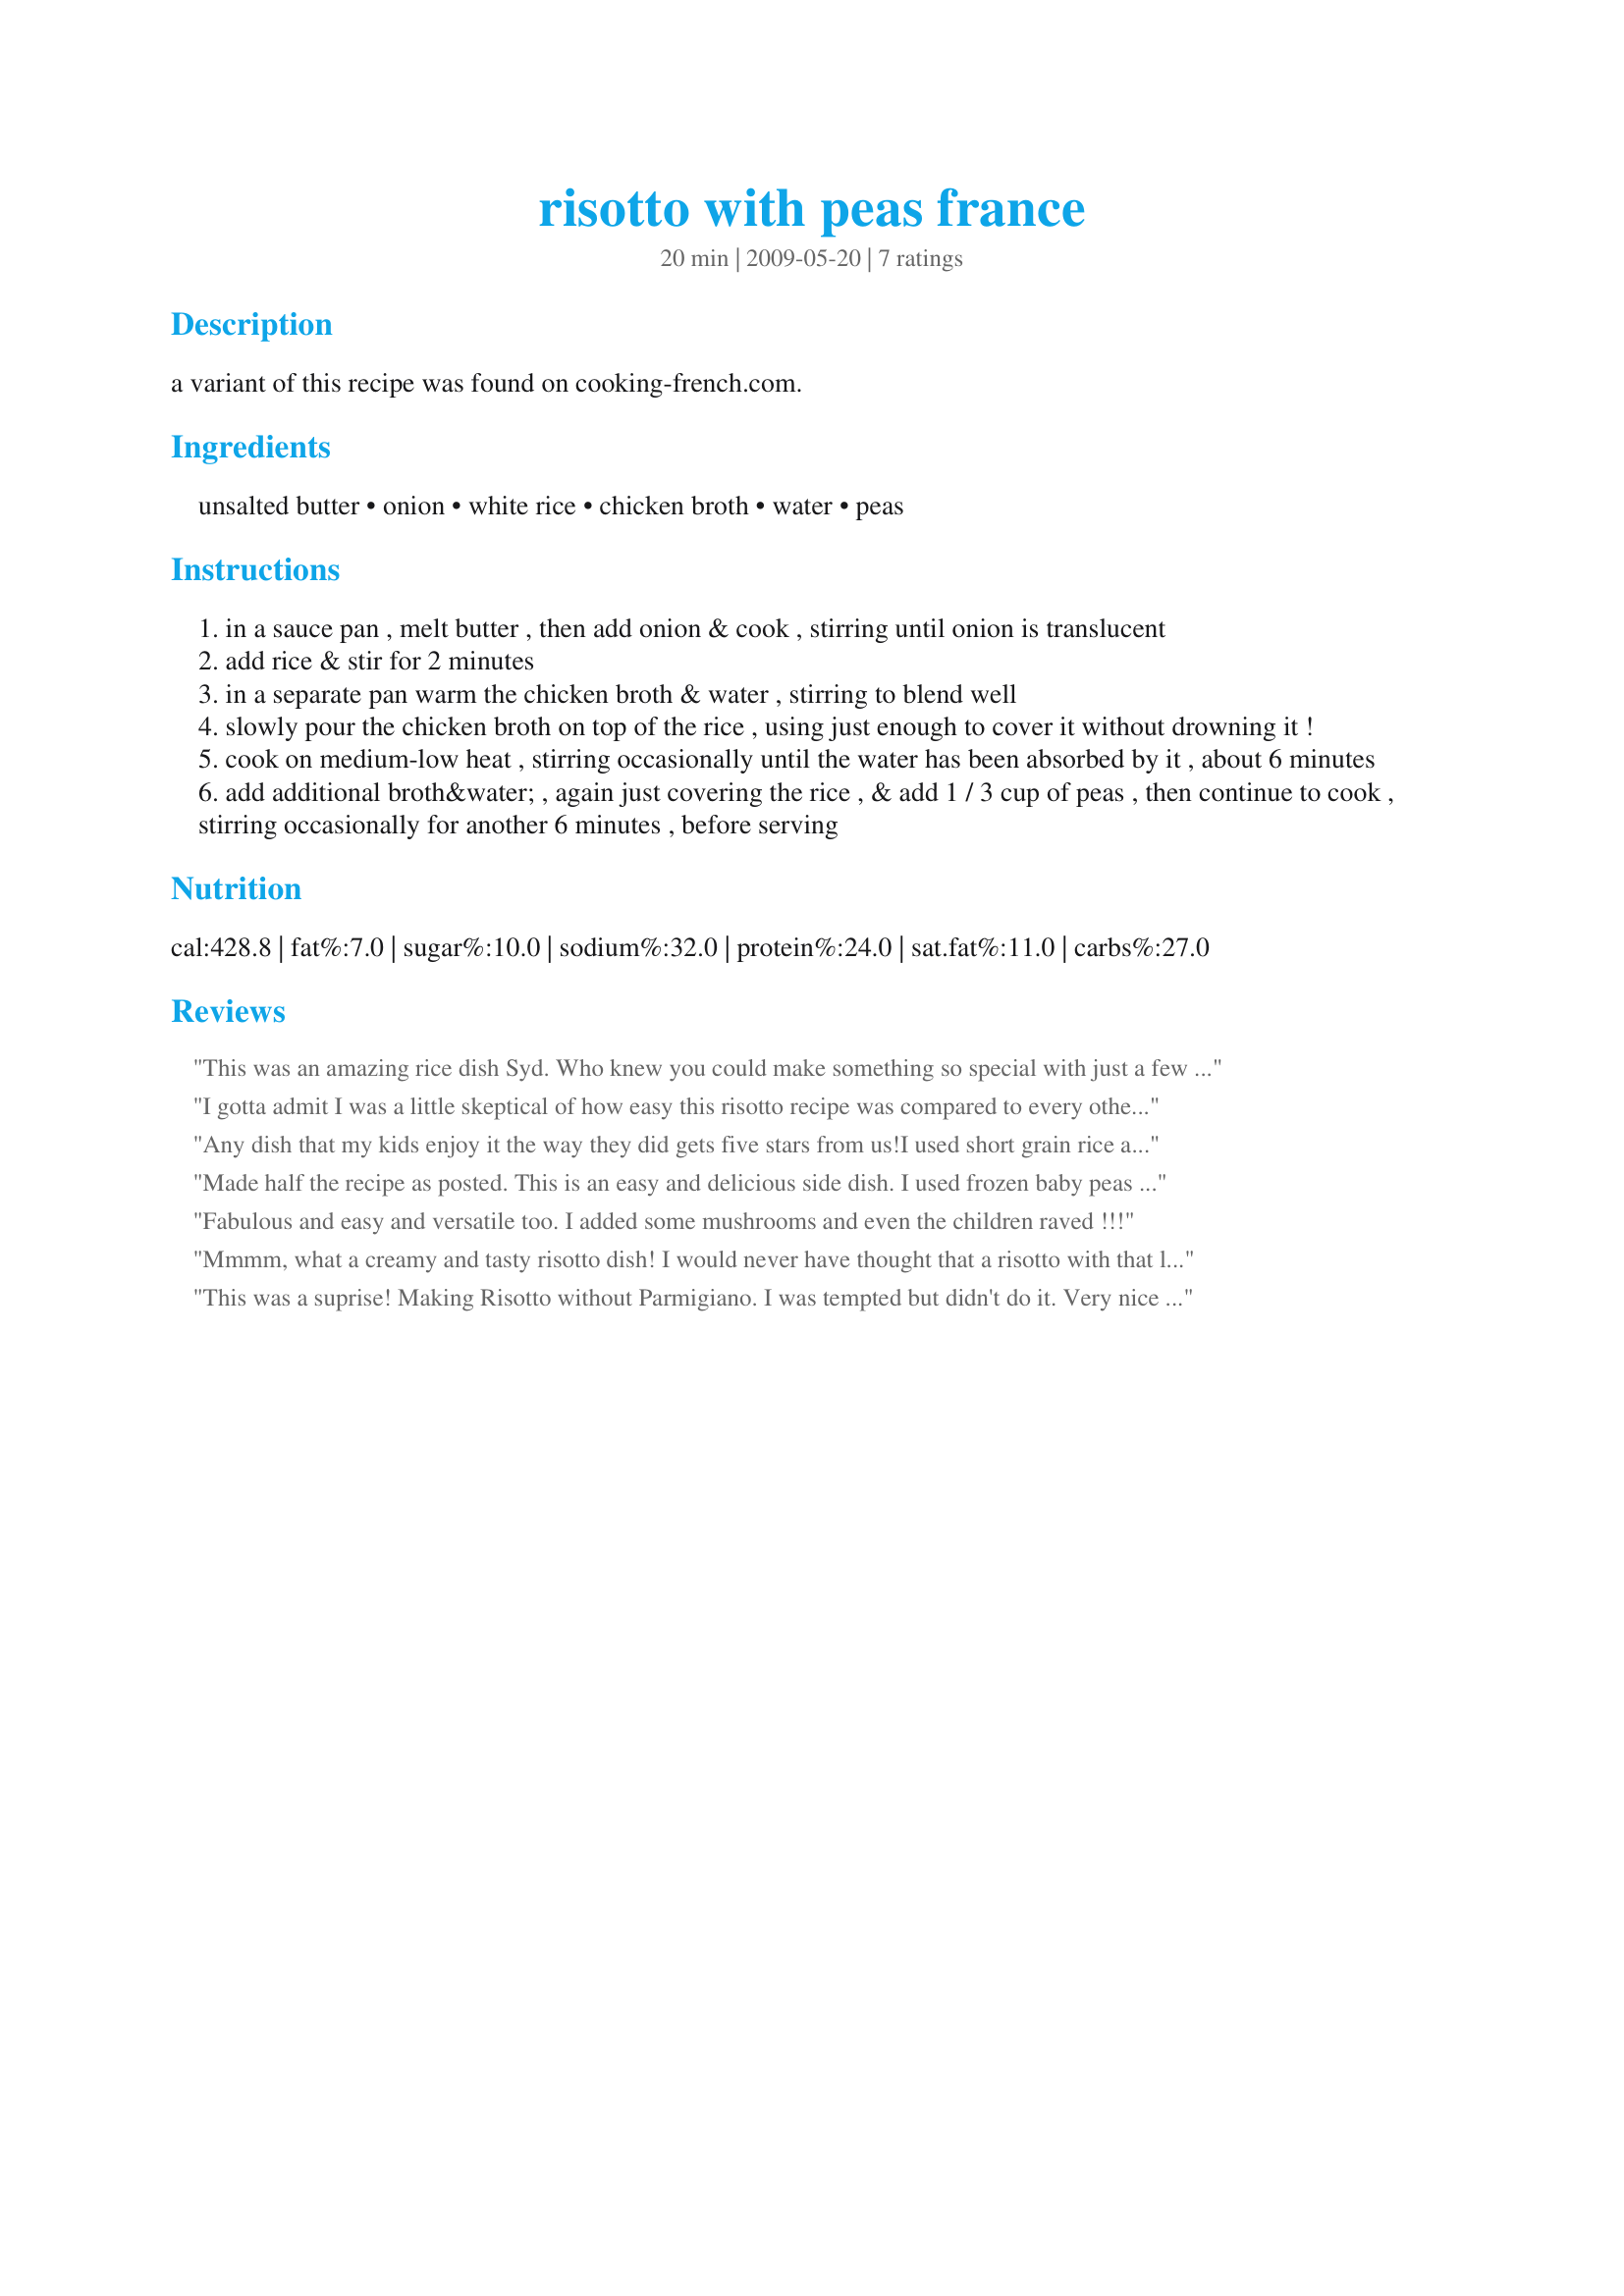
risotto with peas france
Preparation time: 20 minutes

a variant of this recipe was found on cooking-french.com.

Ingredients:
unsalted butter, onion, white rice, chicken broth, water, peas

Steps:
in a sauce pan , melt butter , then add onion & cook , stirring until onion is translucent
add rice & stir for 2 minutes
in a separate pan warm the chicken broth & water , stirring to blend well
slowly pour the chicken broth on top of the rice , using just enough to cover it without drowning it !
cook on medium-low heat , stirring occasionally until the water has been absorbed by it , about 6 minutes
add additional broth&water , again just covering the rice , & add 1 / 3 cup of peas , then continue to cook , stirring occasionally for another 6 minutes , before serving

Reviews:
This was an amazing rice dish Syd. Who knew you could make something so special with just a few ingredients and that it would be so quick and easy to make. This risotto was perfect, rich, creamy and oh so satisfying. Thanks very much for sharing your delicious recipe. :)
I gotta admit I was a little skeptical of how easy this risotto recipe was compared to every other one I've seen but apparently taste is not compromised by ease! Very delicious and flavorful! I added about 1/4 cup of parmesan on at the end because, well, I add parmesan to everything :)
Any dish that my kids enjoy it the way they did gets five stars from us!I used short grain rice and I ended up with a very creamy dish. I added some butter to it when I reheated it.Yum.I might have added more peas.Thanks Syd.
Made half the recipe as posted. This is an easy and delicious side dish. I used frozen baby peas and added just to heat at the end of cooking so they stayed a little crunchy. Thanks for posting Sid. Made for I Recommend Tag Game.
Fabulous and easy and versatile too. I added some mushrooms and even the children raved !!!
Mmmm, what a creamy and tasty risotto dish! I would never have thought that a risotto with that little butter and no cheese added would turn out so creamy. Its amazing! I luv the combination of flavours in this dish. The rice is what really stands out, but the sauteed onion and the peas add a very nice taste to it. Very simple, yet elegant and pleasing! Thanks so much for posting another winner of a recipe, Syd! I cant wait to make this again!
Made and reviewed for the Australian Edn#8 Tag Game July 09.
This was a suprise! Making Risotto without Parmigiano. I was tempted but didn't do it. Very nice and it is a different way for me to cook rice.It is so creamy you almost think there is cheese in the recipe. I cut the recipe in 1/2 and it still makes quite a bit. Thanks for posting Syd.
I make it for ZWT5.
Rita
